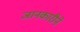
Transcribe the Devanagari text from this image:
जानकारीने